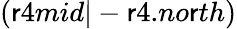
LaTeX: (\mathsf{r}4mid|-\mathsf{r}4.no\mathsf{r}th)